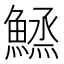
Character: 𱆼